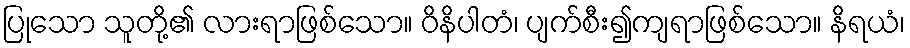
ပြုသော သူတို့၏ လားရာဖြစ်သော။ ဝိနိပါတံ၊ ပျက်စီး၍ကျရာဖြစ်သော။ နိရယံ၊